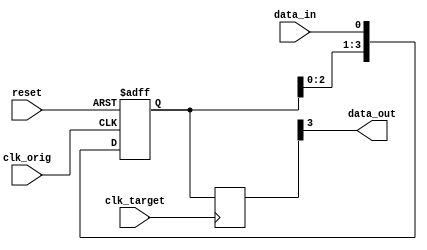
module four_flop_synchronizer (
    input wire clk_orig,   // Original clock signal
    input wire clk_target, // Target clock signal
    input wire reset,      // Reset signal
    
    input wire data_in,    // Input data signal
    output reg data_out     // Synchronized output data signal
);

reg [3:0] sync_data; // Four flops for synchronization
reg [3:0] next_sync_data; // Next values for synchronization

always @(posedge clk_orig or posedge reset) begin
    if (reset) begin
        sync_data <= 4'b0; // Reset synchronization flops
    end else begin
        sync_data <= {sync_data[2:0], data_in}; // Shift input data into synchronization flops
    end
end

always @(posedge clk_target) begin
    next_sync_data <= sync_data; // Sample synchronized data on target clock
end

assign data_out = next_sync_data[3]; // Output synchronized data

endmodule